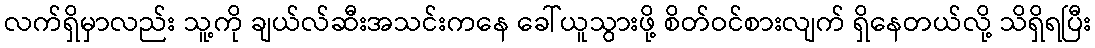
လက်ရှိမှာလည်း သူ့ကို ချယ်လ်ဆီးအသင်းကနေ ခေါ်ယူသွားဖို့ စိတ်ဝင်စားလျက် ရှိနေတယ်လို့ သိရှိရပြီး